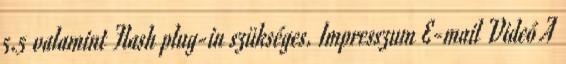
5.5 valamint Flash plug-in szükséges. Impresszum E-mail Videó A